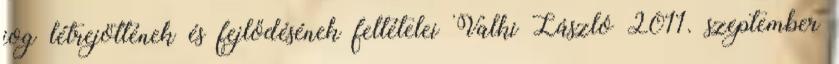
jog létrejöttének és fejlődésének feltételei Valki László 2011. szeptember